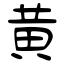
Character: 黃